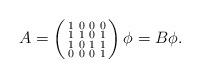
LaTeX: \begin{align*} A = \left( \begin{smallmatrix}1 & 0 & 0 & 0 \\1 & 1 & 0 & 1 \\1 & 0 & 1 & 1\\0 & 0 & 0 & 1 \end{smallmatrix} \right)\phi = B \phi.\end{align*}